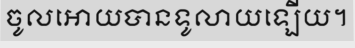
ចូលអោយបានទូលាយឡើយ។